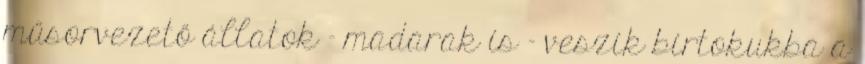
műsorvezető állatok – madarak is – veszik birtokukba a